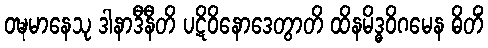
ဝဍ္ဎမာနေသု ဒါနာဒီနီတိ ပဋိဝိနောဒေတွာတိ ထိနမိဒ္ဓဝိဂမေန ဓိတိံ